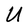
Character: U